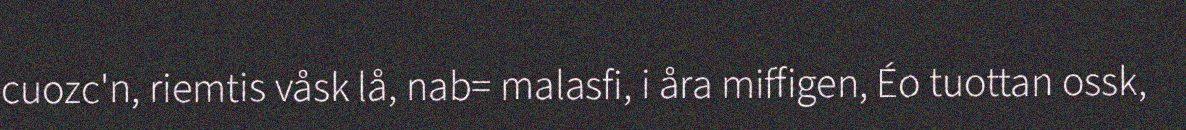
cuozc'n, riemtis våsk lå, nab= malasfi, i åra miffigen, Éo tuottan ossk,